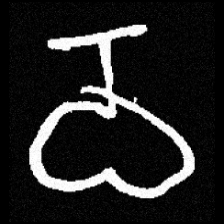
Pyu character \u2014 Myanmar letter: ဝ (romanized: wa)